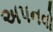
અપનવો